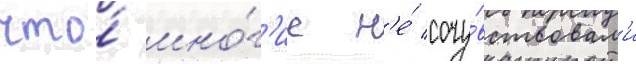
что́ мно́г'ие н'е́ сочу́вствовал'и